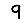
Digit: 9